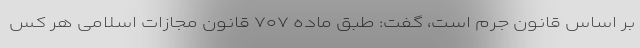
بر اساس قانون جرم است، گفت: طبق ماده ۷۰۷ قانون مجازات اسلامی هر کس